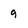
Character: 9